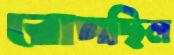
রোপছিল